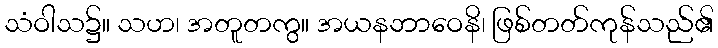
သံဝါသ၌။ သဟ၊ အတူတကွ။ အယနဘာဝေနိ၊ ဖြစ်တတ်ကုန်သည်၏